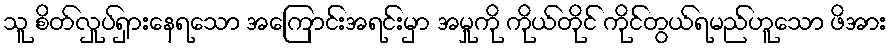
သူ စိတ်လှုပ်ရှားနေရသော အကြောင်းအရင်းမှာ အမှုကို ကိုယ်တိုင် ကိုင်တွယ်ရမည်ဟူသော ဖိအား